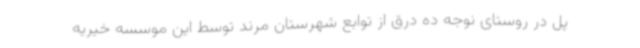
پل در روستای نوجه ده درق از توابع شهرستان مرند توسط این موسسه خیریه